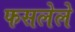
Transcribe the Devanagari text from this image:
फसलेले